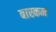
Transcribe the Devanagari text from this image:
बास्कम